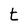
Character: t